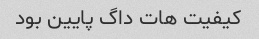
کیفیت هات داگ پایین بود